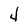
Character: 4